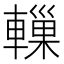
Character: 轈